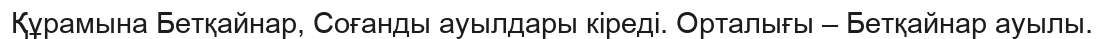
Құрамына Бетқайнар, Соғанды ауылдары кіреді. Орталығы – Бетқайнар ауылы.